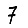
Digit: 7